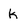
Character: k